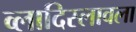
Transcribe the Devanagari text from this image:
व्लादिस्लावला